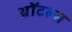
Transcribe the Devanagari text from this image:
थ्रॉटल्स